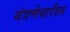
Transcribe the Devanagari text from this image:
यंत्रणेवारील